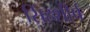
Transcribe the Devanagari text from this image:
सिंहशीर्ष